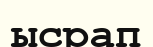
ысрап